Report on metropolitan horse fairs and district horse shows of 1891-92 - 1891-1892
Year: 1891
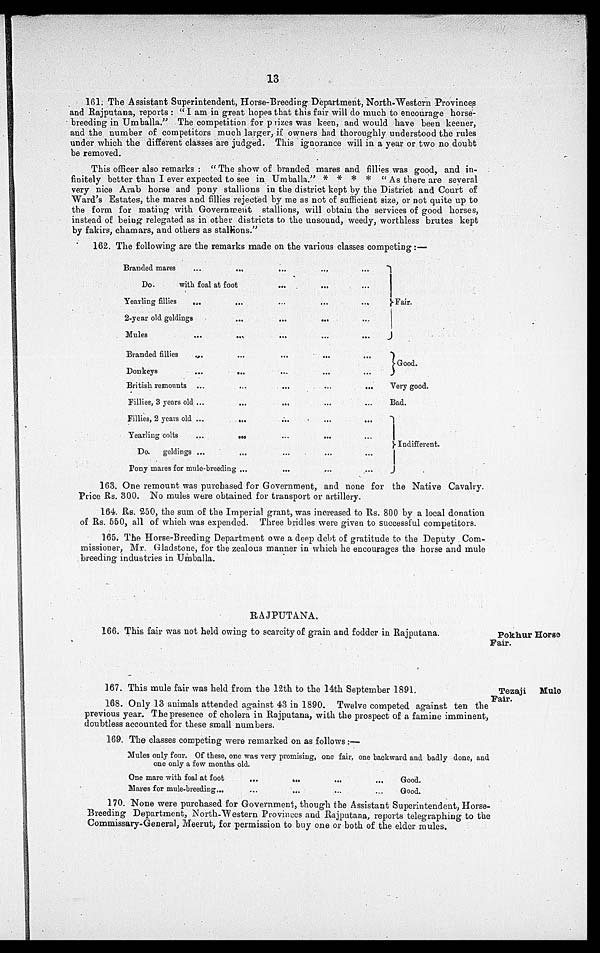
13
161. The Assistant Superintendent, Horse-Breeding Department, North-Western Provinces
and Rajputana, reports: "I am in great hopes that this fair will do much to encourage horse-
breeding in Umballa." The competition for prizes was keen, and would have been keener,
and the number of competitors much larger, if owners had thoroughly understood the rules
under which the different classes are judged. This ignorance will in a year or two no doubt
be removed.
This officer also remarks: "The show of branded mares and fillies was good, and in-
finitely better than I ever expected to see in Umballa." * * * * "As there are several
very nice Arab horse and pony stallions in the district kept by the District and Court of
Ward's Estates, the mares and fillies rejected by me as not of sufficient size, or not quite up to
the form for mating with Government stallions, will obtain the services of good horses,
instead of being relegated as in other districts to the unsound, weedy, worthless brutes kept
by fakirs, chamars, and others as stallions."
162. The following are the remarks made on the various classes competing :—
Branded mares
...
...
Do.
with foal at foot
Yearling fillies
...
2-year old geldings
Mules
Branded fillies
Donkeys
British remounts
Fillies, 3 years old
Fillies, 2 years old
Yearling colts
Do.
geldings
...
...
...
...
...
...
...
...
Pony mares for mule-breeding
...
...
...
...
...
...
...
...
...
...
...
...
...
...
...
...
...
...
...
...
...
...
...
...
...
...
...
...
...
...
...
...
...
...
...
...
...
...
...
...
...
...
...
...
...
...
...
...
...
...
Fair.
Good.
Very good.
Bad.
Indifferent.
163. One remount was purchased for Government, and none for the Native Cavalry.
Price Rs. 300. No mules were obtained for transport or artillery.
164. Rs. 250, the sum of the Imperial grant, was increased to Rs. 800 by a local donation
of Rs. 550, all of which was expended. Three bridles were given to successful competitors.
165. The Horse-Breeding Department owe a deep debt of gratitude to the Deputy Com-
missioner, Mr. Gladstone, for the zealous manner in which he encourages the horse and mule
breeding industries in Umballa.
Pokhur Horse
Fair.
RAJPUTANA.
166. This fair was not held owing to scarcity of grain and fodder in Rajputana.
Tezaji Mule
Fair.
167. This mule fair was held from the 12th to the 14th September 1891.
168. Only 13 animals attended against 43 in 1890. Twelve competed against ten the
previous year. The presence of cholera in Rajputana, with the prospect of a famine imminent,
doubtless accounted for these small numbers.
169. The classes competing were remarked on as follows:—
Mules only four. Of these, one was very promising, one fair, one backward and badly done, and
one only a few months old.
One mare with foal at foot
Mares for mule-breeding ...
...
...
...
...
...
...
...
...
Good.
Good.
170. None were purchased for Government, though the Assistant Superintendent, Horse-
Breeding Department, North-Western Provinces and Rajputana, reports telegraphing to the
Commissary-General, Meerut, for permission to buy one or both of the elder mules.